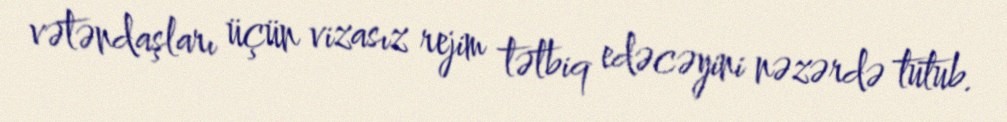
vətəndaşları üçün vizasız rejim tətbiq edəcəyini nəzərdə tutub.